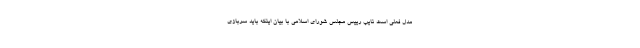
مدل فعلی است نایب رییس مجلس شورای اسلامی با بیان اینکه باید سربازی